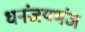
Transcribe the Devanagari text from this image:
धनंजयभंज